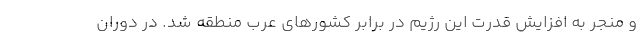
و منجر به افزایش قدرت این رژیم در برابر کشورهای عرب منطقه شد. در دوران